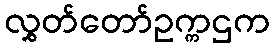
လွှတ်တော်ဥက္ကဌက